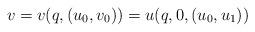
LaTeX: \begin{align*}v=v(q,(u_0,v_0))=u(q,0,(u_0,u_1))\end{align*}